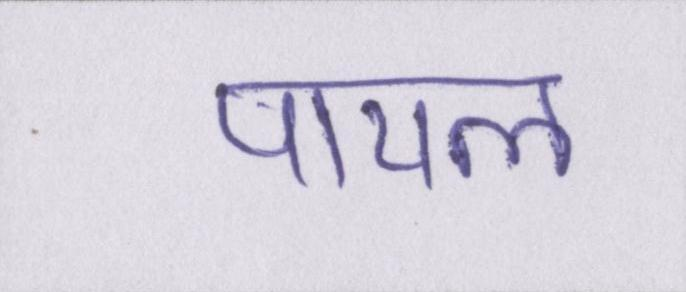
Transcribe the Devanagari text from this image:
पायल